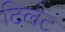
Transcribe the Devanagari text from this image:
टिलेट